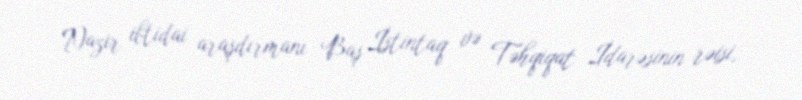
Nazir ibtidai araşdırmanı Baş İstintaq və Təhqiqat İdarəsinin rəisi,